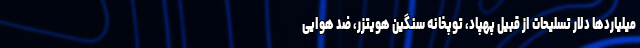
میلیاردها دلار تسلیحات از قبیل پهپاد، توپخانه سنگین هویتزر، ضد هوایی